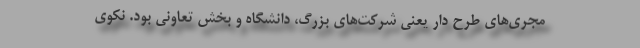
مجری‌های طرح دار یعنی شرکت‌های بزرگ، دانشگاه و بخش تعاونی بود. نکوی